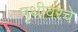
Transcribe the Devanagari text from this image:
पृथीवरचे